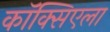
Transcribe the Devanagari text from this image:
कॉक्सिएला